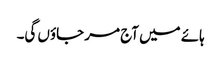
ہائے میں آج مر جاؤں گی۔